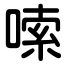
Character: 嗦